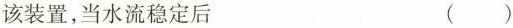
该装置，当水流稳定后 ( )